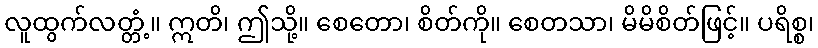
လူထွက်လတ္တံ့။ ဣတိ၊ ဤသို့။ စေတော၊ စိတ်ကို။ စေတသာ၊ မိမိစိတ်ဖြင့်။ ပရိစ္စ၊